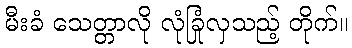
မီးခံ သေတ္တာလို လုံခြုံလှသည့် တိုက်။